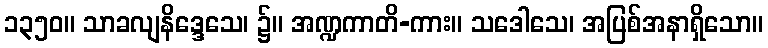
၁၃၅၀။ သာခလျနိဒ္ဒေသေ၊ ၌။ အဏ္ဍကာတိ-ကား။ သဒေါသေ၊ အပြစ်အနာရှိသော။